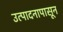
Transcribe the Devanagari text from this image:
उत्पादनापासून